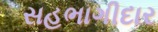
સહભાગીદાર